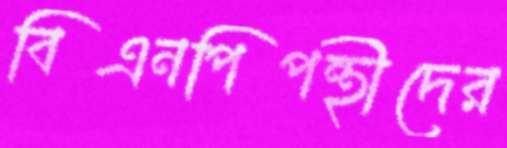
বিএনপিপন্থীদের